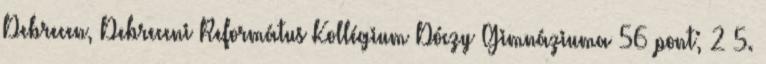
Debrecen, Debreceni Református Kollégium Dóczy Gimnáziuma 56 pont; 2–5.